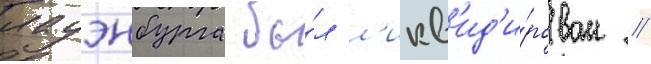
лауэнбурга бы́л л'икв'ид'и́рован //